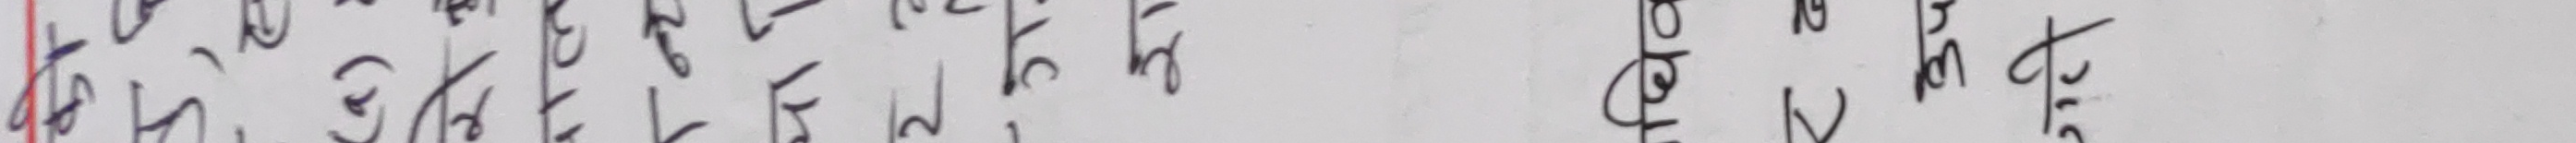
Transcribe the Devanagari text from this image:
कुठि हे।